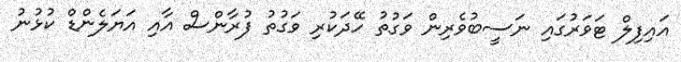
އައިފިލް ޓަވަރުގައި ނަސީބުވެރިން ވަގުތު ހޭދަކުރި ވަގުތު ފުރާންސް އާއި އަޔަލެންޑް ކުޅުނު